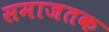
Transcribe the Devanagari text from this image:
समाजतक